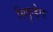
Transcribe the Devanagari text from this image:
सिकुड़ेगा